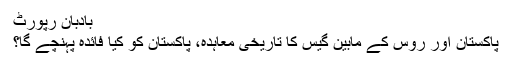
بادبان رپورٹ
پاکستان اور روس کے مابین گیس کا تاریخی معاہدہ، پاکستان کو کیا فائدہ پہنچے گا؟